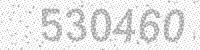
Solution: 530460